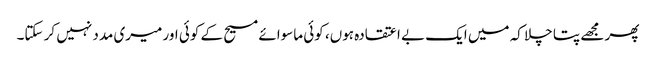
پھر مجھے پتا چلا کہ میں ایک بے اعتقادہ ہوں، کوئی ماسوائے مسیح کے کوئی اور میری مدد نہیں کر سکتا۔